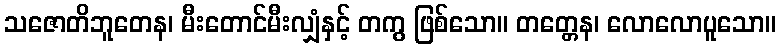
သဇောတိဘူတေန၊ မီးတောင်မီးလျှံနှင့် တကွ ဖြစ်သော။ တတ္တေန၊ လောလောပူသော။